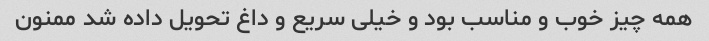
همه چیز خوب و مناسب بود و خیلی سریع و داغ تحویل داده شد ممنون